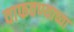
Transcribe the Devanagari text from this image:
वाफवण्याच्या